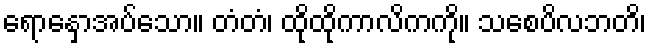
ရောနှောအပ်သော။ တံတံ၊ ထိုထိုကာလိကကို။ သစေပိလဘတိ၊